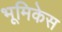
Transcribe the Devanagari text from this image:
भूमिकेस